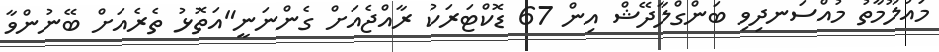
މައުލޫމާތު މުއްސަނދިވި ބަންގްލާދޭޝް އިން 67 ޑޮކްޓަރަކު ރާއްޖެއަށް ގެންނަނީ"އަތޮޅު ތެރެއަށް ބޭނުންވާ